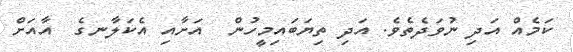
ކަމެއް އަދި ނުވަދެތެވެ. އަދި ތިޔަބައިމީހުން  އަށާއި އެކަލާނގެ  އާއަށް